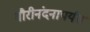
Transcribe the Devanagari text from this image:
गौरीनंदनापर्यंत